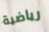
رياضية